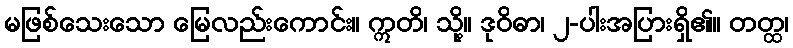
မဖြစ်သေးသော မြေလည်းကောင်း။ ဣတိ၊ သို့။ ဒုဝိဓာ၊ ၂-ပါးအပြားရှိ၏။ တတ္ထ၊